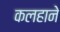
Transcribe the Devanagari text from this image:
कलहाने